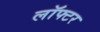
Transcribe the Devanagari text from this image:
लॉफ्टर